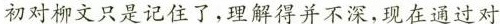
初对柳文只是记住了，理解得并不深，现在通过对